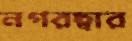
নগরদ্বার